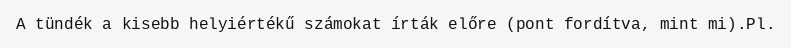
A tündék a kisebb helyiértékű számokat írták előre (pont fordítva, mint mi).Pl.